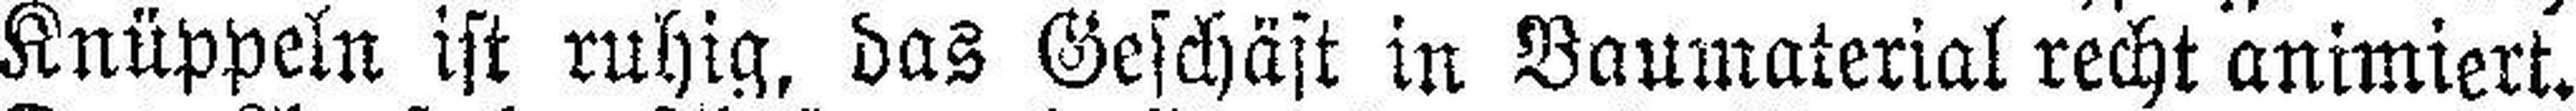
Knüppeln ist ruhig, das Geschäft in Baumaterial recht animiert.